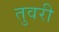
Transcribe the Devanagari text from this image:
तुवरी